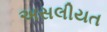
અસલીયત